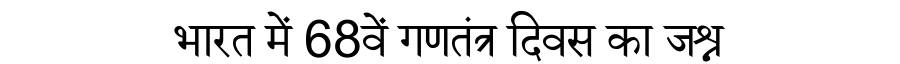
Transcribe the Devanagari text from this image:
भारत में 68वें गणतंत्र दिवस का जश्न